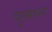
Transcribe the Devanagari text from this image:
चुमान